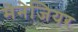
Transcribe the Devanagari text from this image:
मेनेजियर